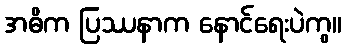
အဓိက ပြဿနာက နောင်ရေးပဲကွ။